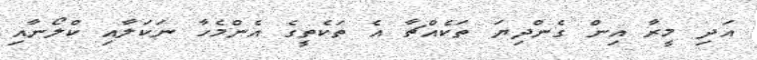
އަދި މީރާ އިން ގެންދިޔަ ތަކެއްޗާ އެ ތަކެތީގެ އެންމެހާ ނަކަލާއި ކްލޯނާއި